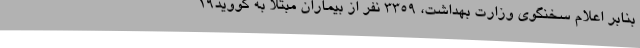
بنابر اعلام سخنگوی وزارت بهداشت، 3359 نفر از بیماران مبتلا به کووید19